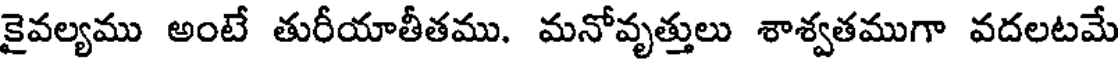
కైవల్యము అంటే తురీయాతీతము. మనోవృత్తులు శాశ్వతముగా వదలటమే